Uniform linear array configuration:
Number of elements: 4
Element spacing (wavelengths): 0.25
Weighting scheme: exponential
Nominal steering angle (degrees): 0
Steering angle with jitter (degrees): -0.9724
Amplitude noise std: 0.05
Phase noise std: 0.05

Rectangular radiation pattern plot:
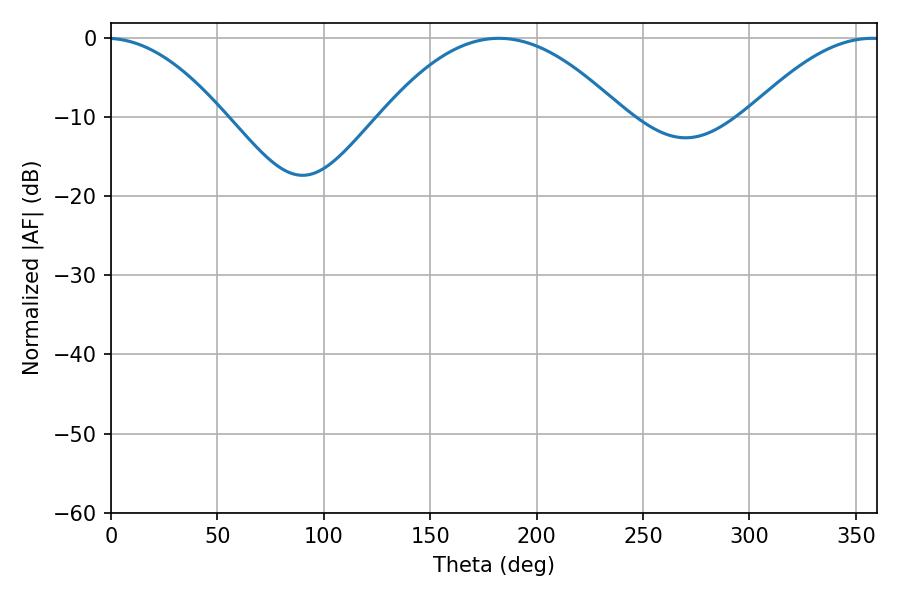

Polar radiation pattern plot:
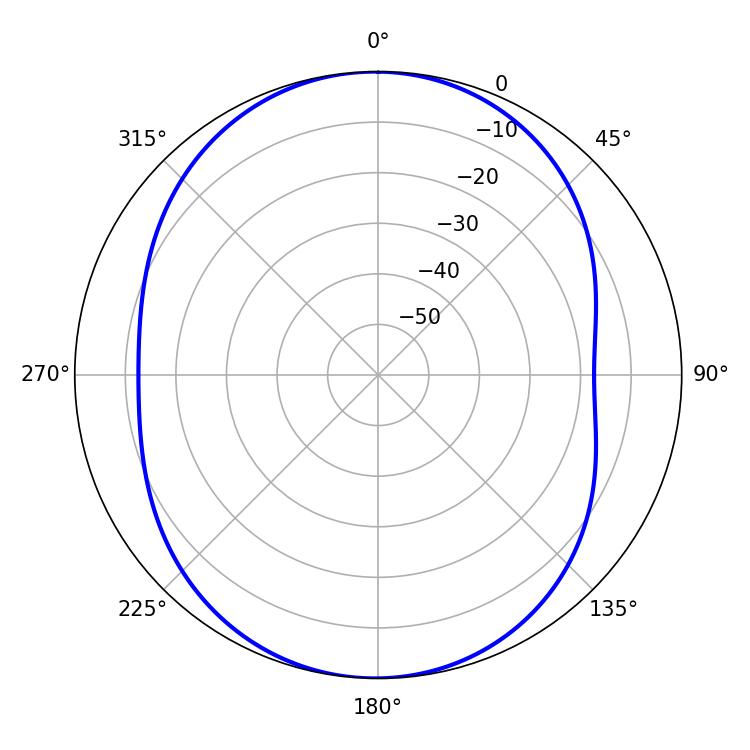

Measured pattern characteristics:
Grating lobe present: FALSE
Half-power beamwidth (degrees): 33.84
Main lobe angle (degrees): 357.66